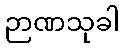
ဉာဏသုခါ